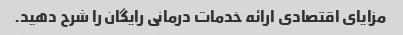
مزایای اقتصادی ارائه خدمات درمانی رایگان را شرح دهید.